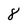
Character: 8